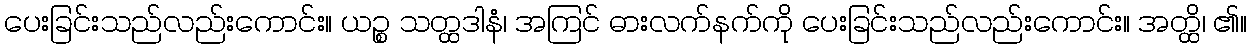
ပေးခြင်းသည်လည်းကောင်း။ ယဉ္စ သတ္ထဒါနံ၊ အကြင် ဓားလက်နက်ကို ပေးခြင်းသည်လည်းကောင်း။ အတ္ထိ၊ ၏။